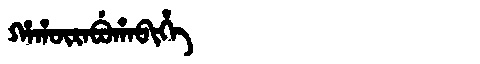
Manchu: ᡥᠠᡥᡡᡵᠠᠪᡠᡥᠠᠪᡳᡥᡝ
Romanization: HAHŪRABUHABIHE